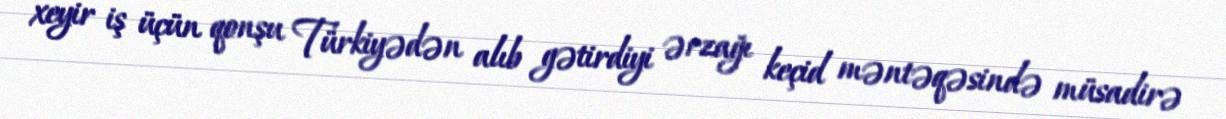
xeyir iş üçün qonşu Türkiyədən alıb gətirdiyi ərzağı keçid məntəqəsində müsadirə